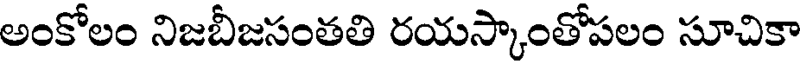
అంకోలం నిజబీజసంతతి రయస్కాంతోపలం సూచికా